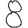
Digit: 8